Problem: 10 × 10 = ?
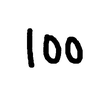
Handwritten answer: 100